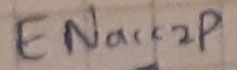
Text: ENacc2P